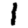
Digit: 1